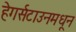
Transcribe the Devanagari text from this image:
हेगर्सटाउनमधून